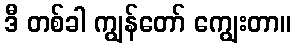
ဒီ တစ်ခါ ကျွန်တော် ကျွေးတာ။